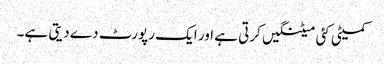
کمیٹی کئی میٹنگیں کرتی ہے اور ایک رپورٹ دے دیتی ہے۔